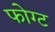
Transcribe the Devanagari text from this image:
फोग्ट